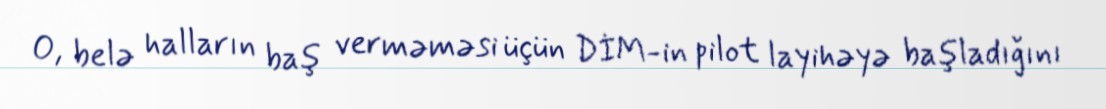
O, belə halların baş verməməsi üçün DİM-in pilot layihəyə başladığını